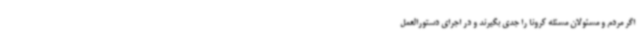
اگر مردم و مسئولان مسئله کرونا را جدی بگیرند و در اجرای دستورالعمل